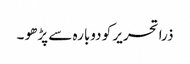
ذرا تحریر کو دوبارہ سے پڑھو ۔